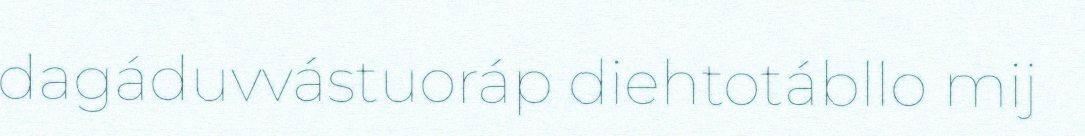
dagáduvvástuoráp diehtotábllo mij